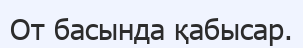
От басында қабысар.